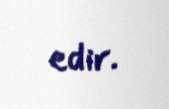
edir.